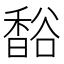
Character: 𧯄